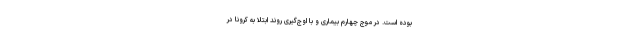
بوده است. در موج چهارم بیماری و با اوج‌گیری روند ابتلا به کرونا در